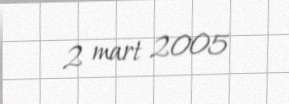
2 mart 2005